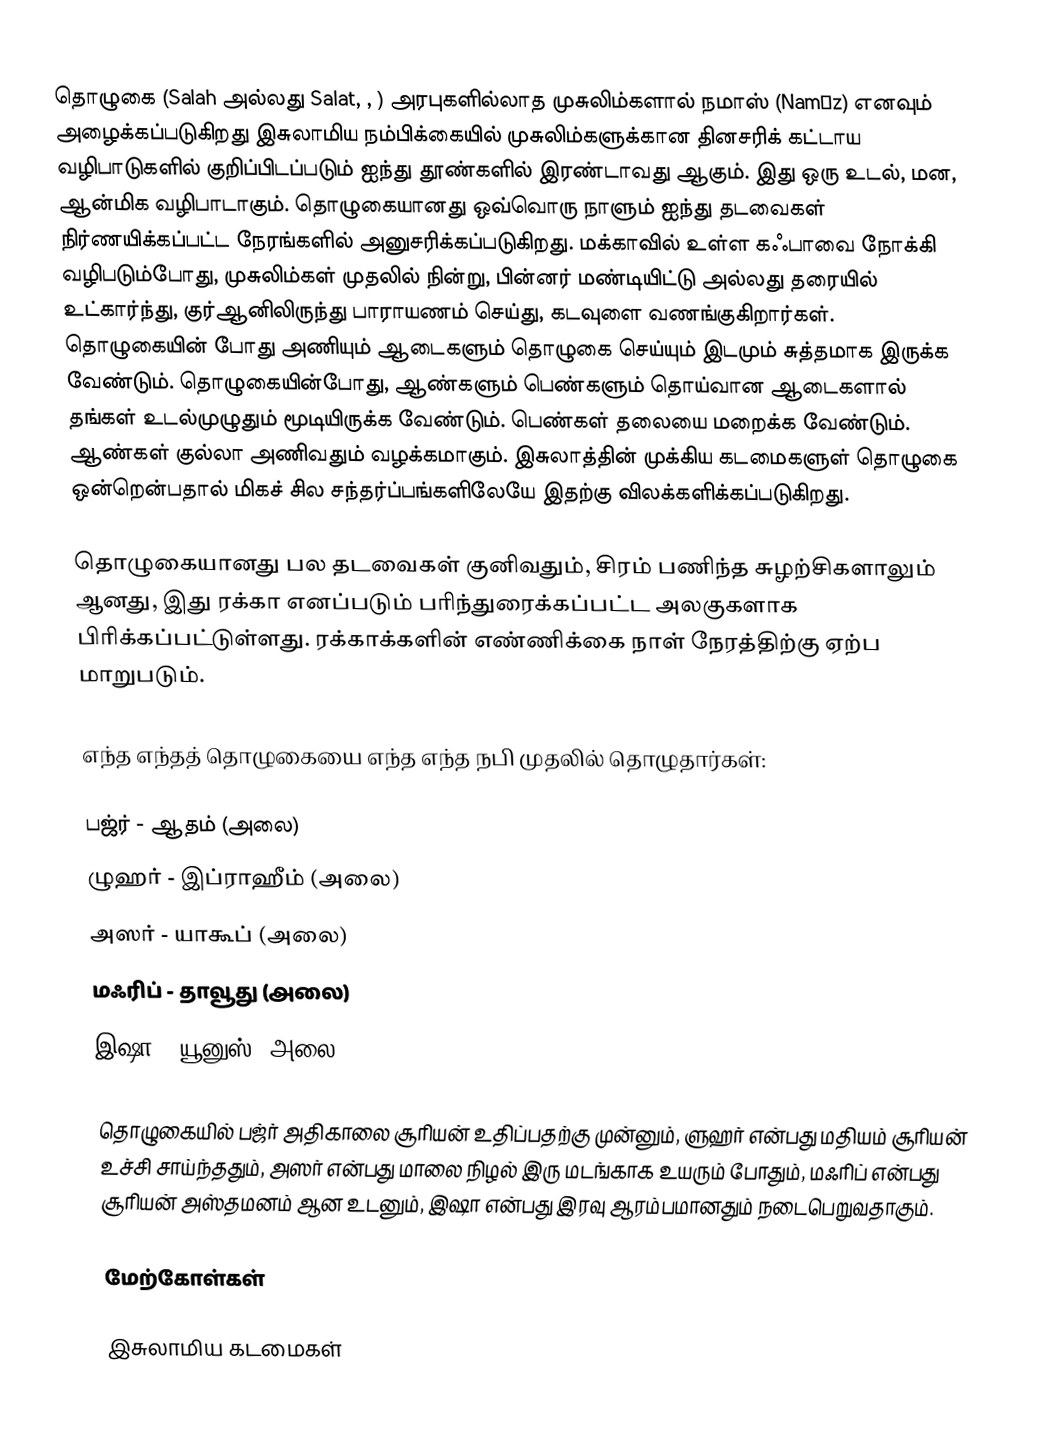
தொழுகை (Salah அல்லது Salat,  , ) அரபுகளில்லாத முசுலிம்களால் நமாஸ் (Namāz) எனவும் அழைக்கப்படுகிறது இசுலாமிய நம்பிக்கையில் முசுலிம்களுக்கான தினசரிக் கட்டாய வழிபாடுகளில் குறிப்பிடப்படும் ஐந்து தூண்களில் இரண்டாவது ஆகும். இது ஒரு உடல், மன, ஆன்மிக வழிபாடாகும். தொழுகையானது ஒவ்வொரு நாளும் ஐந்து தடவைகள் நிர்ணயிக்கப்பட்ட நேரங்களில் அனுசரிக்கப்படுகிறது. மக்காவில் உள்ள கஃபாவை நோக்கி வழிபடும்போது, முசுலிம்கள் முதலில் நின்று, பின்னர் மண்டியிட்டு அல்லது தரையில் உட்கார்ந்து, குர்ஆனிலிருந்து பாராயணம் செய்து, கடவுளை வணங்குகிறார்கள். தொழுகையின் போது அணியும் ஆடைகளும் தொழுகை செய்யும் இடமும் சுத்தமாக இருக்க வேண்டும். தொழுகையின்போது, ஆண்களும் பெண்களும் தொய்வான ஆடைகளால் தங்கள் உடல்முழுதும் மூடியிருக்க வேண்டும். பெண்கள் தலையை மறைக்க வேண்டும். ஆண்கள் குல்லா அணிவதும் வழக்கமாகும். இசுலாத்தின் முக்கிய கடமைகளுள் தொழுகை ஒன்றென்பதால் மிகச் சில சந்தர்ப்பங்களிலேயே இதற்கு விலக்களிக்கப்படுகிறது.

தொழுகையானது பல தடவைகள் குனிவதும், சிரம் பணிந்த சுழற்சிகளாலும் ஆனது, இது ரக்கா எனப்படும் பரிந்துரைக்கப்பட்ட அலகுகளாக பிரிக்கப்பட்டுள்ளது. ரக்காக்களின் எண்ணிக்கை நாள் நேரத்திற்கு ஏற்ப மாறுபடும்.

எந்த எந்தத் தொழுகையை எந்த எந்த நபி முதலில் தொழுதார்கள்:

பஜ்ர் - ஆதம் (அலை)
ழுஹர் - இப்ராஹீம் (அலை)
அஸர் - யாகூப் (அலை)
மஃரிப் - தாவூது (அலை)
இஷா - யூனுஸ் (அலை)

தொழுகையில் பஜ்ர் அதிகாலை சூரியன் உதிப்பதற்கு முன்னும், ளுஹர் என்பது மதியம் சூரியன் உச்சி சாய்ந்ததும், அஸர் என்பது மாலை நிழல் இரு மடங்காக உயரும் போதும்,  மஃரிப் என்பது சூரியன் அஸ்தமனம் ஆன உடனும், இஷா என்பது இரவு ஆரம்பமானதும் நடைபெறுவதாகும்.

மேற்கோள்கள்

இசுலாமிய கடமைகள்